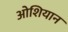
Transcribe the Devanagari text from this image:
ओशियान